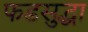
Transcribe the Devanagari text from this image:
फडसुद्धा